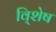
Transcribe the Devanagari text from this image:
वि्शेष